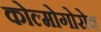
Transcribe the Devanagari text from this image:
कोल्मोगोरोव